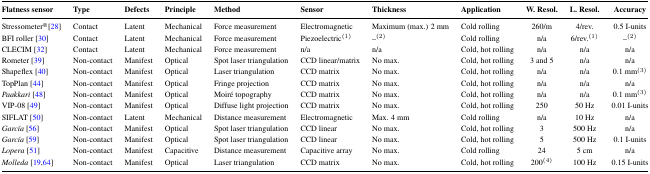
<table><thead><tr><td><b>Flatness sensor</b></td><td><b>Type</b></td><td><b>Defects</b></td><td><b>Principle</b></td><td><b>Method</b></td><td><b>Sensor</b></td><td><b>Thickness</b></td><td><b>Application</b></td><td><b>W. Resol.</b></td><td><b>L. Resol.</b></td><td><b>Accuracy</b></td></tr></thead><tbody><tr><td>Stressometer® [28]</td><td>Contact</td><td>Latent</td><td>Mechanical</td><td>Force measurement</td><td>Electromagnetic</td><td>Maximum (max.) 2 mm</td><td>Cold rolling</td><td>260/m</td><td>4/rev.</td><td>0.5 I-units</td></tr><tr><td>BFI roller [30]</td><td>Contact</td><td>Latent</td><td>Mechanical</td><td>Force measurement</td><td>Piezoelectric(1)</td><td>–(2)</td><td>Cold rolling</td><td>n/a</td><td>6/rev.(1)</td><td>–(2)</td></tr><tr><td>CLECIM [32]</td><td>Contact</td><td>Latent</td><td>Mechanical</td><td>Force measurement</td><td>n/a</td><td>n/a</td><td>Cold, hot rolling</td><td>n/a</td><td>n/a</td><td>n/a</td></tr><tr><td>Rometer [39]</td><td>Non-contact</td><td>Manifest</td><td>Optical</td><td>Spot laser triangulation</td><td>CCD linear/matrix</td><td>No max.</td><td>Cold, hot rolling</td><td>3 and 5</td><td>n/a</td><td>n/a</td></tr><tr><td>Shapeflex [40]</td><td>Non-contact</td><td>Manifest</td><td>Optical</td><td>Laser triangulation</td><td>CCD matrix</td><td>No max.</td><td>Cold, hot rolling</td><td>n/a</td><td>n/a</td><td>0.1 mm(3)</td></tr><tr><td>TopPlan [44]</td><td>Non-contact</td><td>Manifest</td><td>Optical</td><td>Fringe projection</td><td>CCD matrix</td><td>No max.</td><td>Cold, hot rolling</td><td>n/a</td><td>n/a</td><td>n/a</td></tr><tr><td><i>Paakkari</i> [48]</td><td>Non-contact</td><td>Manifest</td><td>Optical</td><td>Moire topography</td><td>CCD matrix</td><td>No max.</td><td>Cold, hot rolling</td><td>n/a</td><td>n/a</td><td>0.1 mm(3)</td></tr><tr><td>VIP-08 [49]</td><td>Non-contact</td><td>Manifest</td><td>Optical</td><td>Diffuse light projection</td><td>CCD matrix</td><td>No max.</td><td>Cold, hot rolling</td><td>250</td><td>50 Hz</td><td>0.01 I-units</td></tr><tr><td>SIFLAT [50]</td><td>Non-contact</td><td>Latent</td><td>Mechanical</td><td>Distance measurement</td><td>Electromagnetic</td><td>Max. 4 mm</td><td>Cold rolling</td><td>n/a</td><td>10 Hz</td><td>n/a</td></tr><tr><td><i>Garcίa</i> [56]</td><td>Non-contact</td><td>Manifest</td><td>Optical</td><td>Spot laser triangulation</td><td>CCD linear</td><td>No max.</td><td>Cold, hot rolling</td><td>3</td><td>500 Hz</td><td>n/a</td></tr><tr><td><i>Garcίa</i> [59]</td><td>Non-contact</td><td>Manifest</td><td>Optical</td><td>Spot laser triangulation</td><td>CCD linear</td><td>No max.</td><td>Cold, hot rolling</td><td>5</td><td>500 Hz</td><td>0.1 I-units</td></tr><tr><td><i>Lopera</i> [51]</td><td>Non-contact</td><td>Manifest</td><td>Capacitive</td><td>Distance measurement</td><td>Capacitive array</td><td>No max.</td><td>Cold rolling</td><td>24</td><td>5 cm</td><td>n/a</td></tr><tr><td><i>Molleda</i> [19,64]</td><td>Non-contact</td><td>Manifest</td><td>Optical</td><td>Laser triangulation</td><td>CCD matrix</td><td>No max.</td><td>Cold, hot rolling</td><td>200(4)</td><td>100 Hz</td><td>0.15 I-units</td></tr></tbody></table>